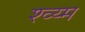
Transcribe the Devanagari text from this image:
श्व्य्म